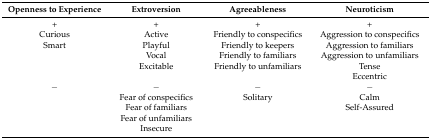
<table><thead><tr><td><b>Openness to Experience</b></td><td><b>Extroversion</b></td><td><b>Agreeableness</b></td><td><b>Neuroticism</b></td></tr></thead><tbody><tr><td>+</td><td>+</td><td>+</td><td>+</td></tr><tr><td>Curious</td><td>Active</td><td>Friendly to conspecifics</td><td>Aggression to conspecifics</td></tr><tr><td>Smart</td><td>Playful</td><td>Friendly to keepers</td><td>Aggression to familiars</td></tr><tr><td></td><td>Vocal</td><td>Friendly to familiars</td><td>Aggression to unfamiliars</td></tr><tr><td></td><td>Excitable</td><td>Friendly to unfamiliars</td><td>Tense</td></tr><tr><td></td><td></td><td></td><td>Eccentric</td></tr><tr><td>−</td><td>−</td><td>−</td><td>−</td></tr><tr><td></td><td>Fear of conspecifics</td><td>Solitary</td><td>Calm</td></tr><tr><td></td><td>Fear of familiars</td><td></td><td>Self-Assured</td></tr><tr><td></td><td>Fear of unfamiliars</td><td></td><td></td></tr><tr><td></td><td>Insecure</td><td></td><td></td></tr></tbody></table>